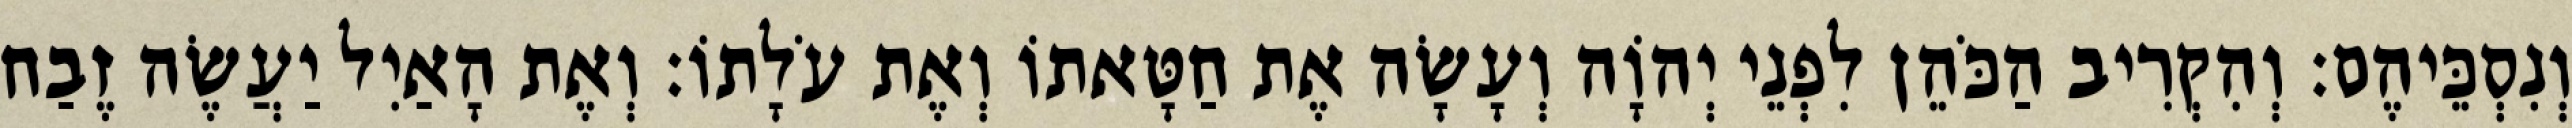
וְנִסְכֵּיהֶם׃ וְהִקְרִיב הַכֹּהֵן לִפְנֵי יְהוָֹה וְעָשָׂה אֶת חַטָּאתוֹ וְאֶת עֹלָתוֹ׃ וְאֶת הָאַיִל יַעֲשֶׂה זֶבַח